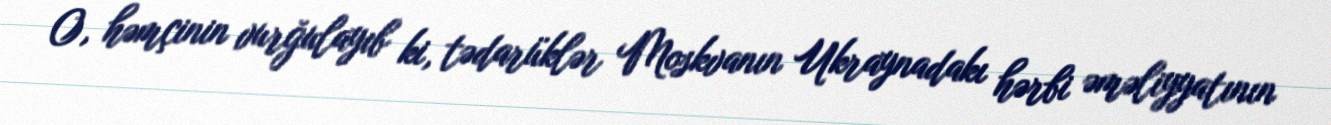
O, həmçinin vurğulayıb ki, tədarüklər Moskvanın Ukraynadakı hərbi əməliyyatının